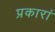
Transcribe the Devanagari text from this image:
प्रकारां